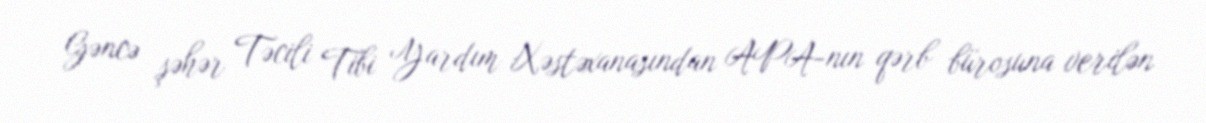
Gəncə şəhər Təcili Tibi Yardım Xəstəxanasından APA-nın qərb bürosuna verilən